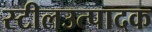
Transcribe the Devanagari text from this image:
स्टीलउत्पादक